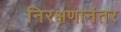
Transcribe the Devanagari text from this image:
निरक्षणानंतर